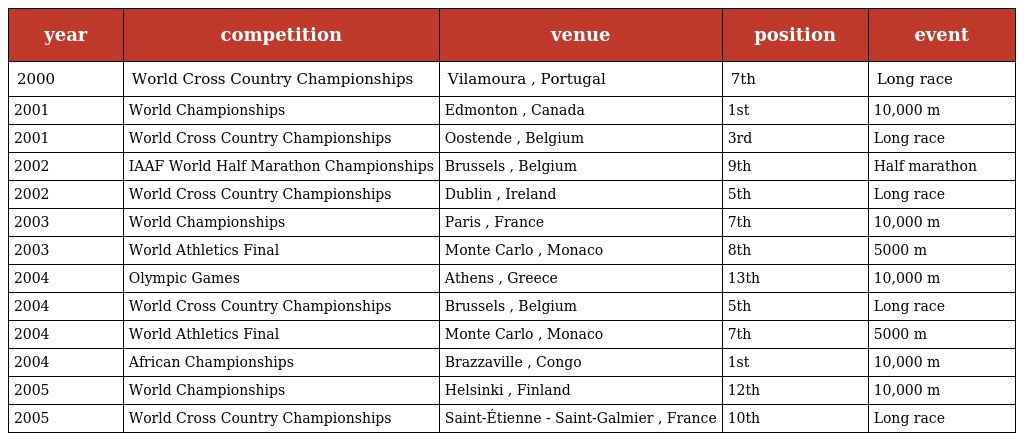
| year | competition | venue | position | event |
 | --- | --- | --- | --- | --- |
 | 2000 | World Cross Country Championships | Vilamoura , Portugal | 7th | Long race |
 | 2001 | World Championships | Edmonton , Canada | 1st | 10,000 m |
 | 2001 | World Cross Country Championships | Oostende , Belgium | 3rd | Long race |
 | 2002 | IAAF World Half Marathon Championships | Brussels , Belgium | 9th | Half marathon |
 | 2002 | World Cross Country Championships | Dublin , Ireland | 5th | Long race |
 | 2003 | World Championships | Paris , France | 7th | 10,000 m |
 | 2003 | World Athletics Final | Monte Carlo , Monaco | 8th | 5000 m |
 | 2004 | Olympic Games | Athens , Greece | 13th | 10,000 m |
 | 2004 | World Cross Country Championships | Brussels , Belgium | 5th | Long race |
 | 2004 | World Athletics Final | Monte Carlo , Monaco | 7th | 5000 m |
 | 2004 | African Championships | Brazzaville , Congo | 1st | 10,000 m |
 | 2005 | World Championships | Helsinki , Finland | 12th | 10,000 m |
 | 2005 | World Cross Country Championships | Saint-Étienne - Saint-Galmier , France | 10th | Long race |